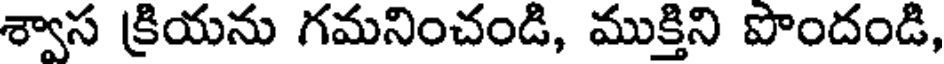
శ్వాస క్రియను గమనించండి, ముక్తిని పొందండి,